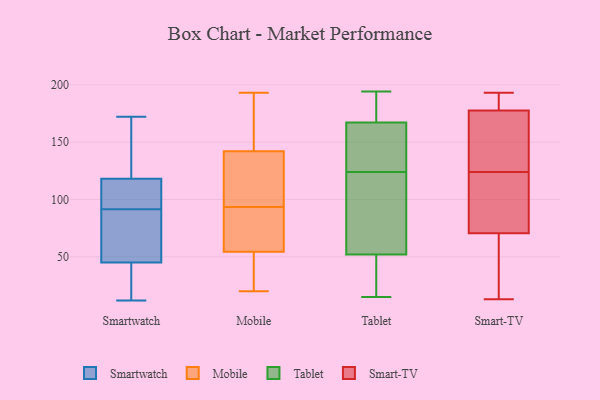
{"axis": {"x": "Gross Profit (USD K)", "y": "Value"}, "legend": ["Mobile", "Smart-TV", "Smartwatch", "Tablet"], "data": [{"x": "", "y": 150, "type": "Smartwatch"}, {"x": "", "y": 129, "type": "Smartwatch"}, {"x": "", "y": 39, "type": "Smartwatch"}, {"x": "", "y": 90, "type": "Smartwatch"}, {"x": "", "y": 172, "type": "Smartwatch"}, {"x": "", "y": 12, "type": "Smartwatch"}, {"x": "", "y": 94, "type": "Smartwatch"}, {"x": "", "y": 67, "type": "Smartwatch"}, {"x": "", "y": 44, "type": "Smartwatch"}, {"x": "", "y": 47, "type": "Smartwatch"}, {"x": "", "y": 119, "type": "Smartwatch"}, {"x": "", "y": 46, "type": "Smartwatch"}, {"x": "", "y": 93, "type": "Smartwatch"}, {"x": "", "y": 27, "type": "Smartwatch"}, {"x": "", "y": 101, "type": "Smartwatch"}, {"x": "", "y": 117, "type": "Smartwatch"}, {"x": "", "y": 24, "type": "Mobile"}, {"x": "", "y": 129, "type": "Mobile"}, {"x": "", "y": 51, "type": "Mobile"}, {"x": "", "y": 106, "type": "Mobile"}, {"x": "", "y": 193, "type": "Mobile"}, {"x": "", "y": 142, "type": "Mobile"}, {"x": "", "y": 182, "type": "Mobile"}, {"x": "", "y": 81, "type": "Mobile"}, {"x": "", "y": 20, "type": "Mobile"}, {"x": "", "y": 60, "type": "Mobile"}, {"x": "", "y": 58, "type": "Mobile"}, {"x": "", "y": 142, "type": "Mobile"}, {"x": "", "y": 179, "type": "Tablet"}, {"x": "", "y": 185, "type": "Tablet"}, {"x": "", "y": 49, "type": "Tablet"}, {"x": "", "y": 60, "type": "Tablet"}, {"x": "", "y": 194, "type": "Tablet"}, {"x": "", "y": 15, "type": "Tablet"}, {"x": "", "y": 40, "type": "Tablet"}, {"x": "", "y": 163, "type": "Tablet"}, {"x": "", "y": 136, "type": "Tablet"}, {"x": "", "y": 124, "type": "Tablet"}, {"x": "", "y": 53, "type": "Tablet"}, {"x": "", "y": 37, "type": "Tablet"}, {"x": "", "y": 133, "type": "Tablet"}, {"x": "", "y": 77, "type": "Tablet"}, {"x": "", "y": 99, "type": "Tablet"}, {"x": "", "y": 188, "type": "Tablet"}, {"x": "", "y": 162, "type": "Tablet"}, {"x": "", "y": 105, "type": "Smart-TV"}, {"x": "", "y": 167, "type": "Smart-TV"}, {"x": "", "y": 81, "type": "Smart-TV"}, {"x": "", "y": 124, "type": "Smart-TV"}, {"x": "", "y": 173, "type": "Smart-TV"}, {"x": "", "y": 109, "type": "Smart-TV"}, {"x": "", "y": 13, "type": "Smart-TV"}, {"x": "", "y": 81, "type": "Smart-TV"}, {"x": "", "y": 179, "type": "Smart-TV"}, {"x": "", "y": 193, "type": "Smart-TV"}, {"x": "", "y": 63, "type": "Smart-TV"}, {"x": "", "y": 143, "type": "Smart-TV"}, {"x": "", "y": 184, "type": "Smart-TV"}, {"x": "", "y": 193, "type": "Smart-TV"}, {"x": "", "y": 59, "type": "Smart-TV"}, {"x": "", "y": 67, "type": "Smart-TV"}, {"x": "", "y": 65, "type": "Smart-TV"}, {"x": "", "y": 189, "type": "Smart-TV"}, {"x": "", "y": 169, "type": "Smart-TV"}]}